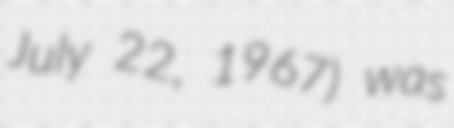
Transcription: July 22, 1967) was